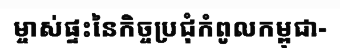
ម្ចាស់ផ្ទះនៃកិច្ចប្រជុំកំពូលកម្ពុជា-